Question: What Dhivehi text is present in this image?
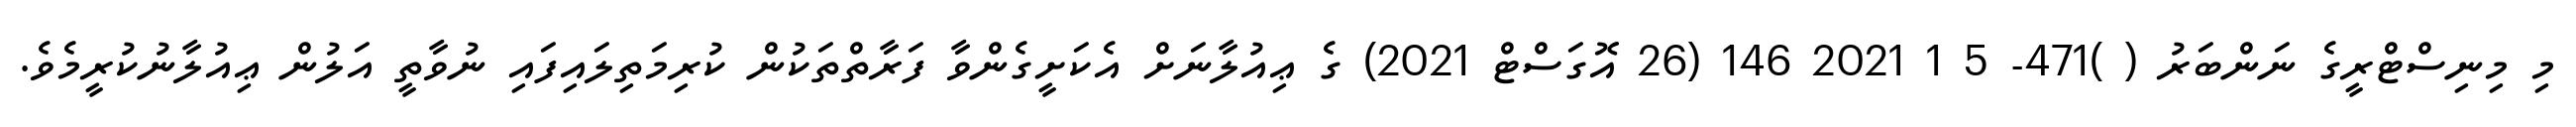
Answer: މި މިނިސްޓްރީގެ ނަންބަރު ( )471- 5 1 2021 146 (26 އޮގަސްޓް 2021) ގެ ޢިއުލާނަށް އެކަށީގެންވާ ފަރާތްތަކުން ކުރިމަތިލައިފައި ނުވާތީ އަލުން ޢިއުލާނުކުރީމެވެ.